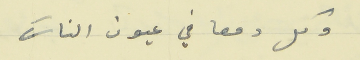
وكل دمعا في عيون الناسَ